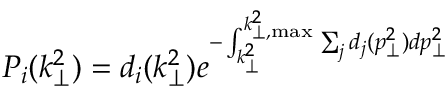
P _ { i } ( k _ { \perp } ^ { 2 } ) = d _ { i } ( k _ { \perp } ^ { 2 } ) e ^ { - \int _ { k _ { \perp } ^ { 2 } } ^ { k _ { \perp , \operatorname * { m a x } } ^ { 2 } } \sum _ { j } d _ { j } ( p _ { \perp } ^ { 2 } ) d p _ { \perp } ^ { 2 } }